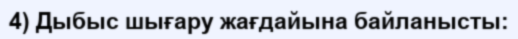
4) Дыбыс шығару жағдайына байланысты: